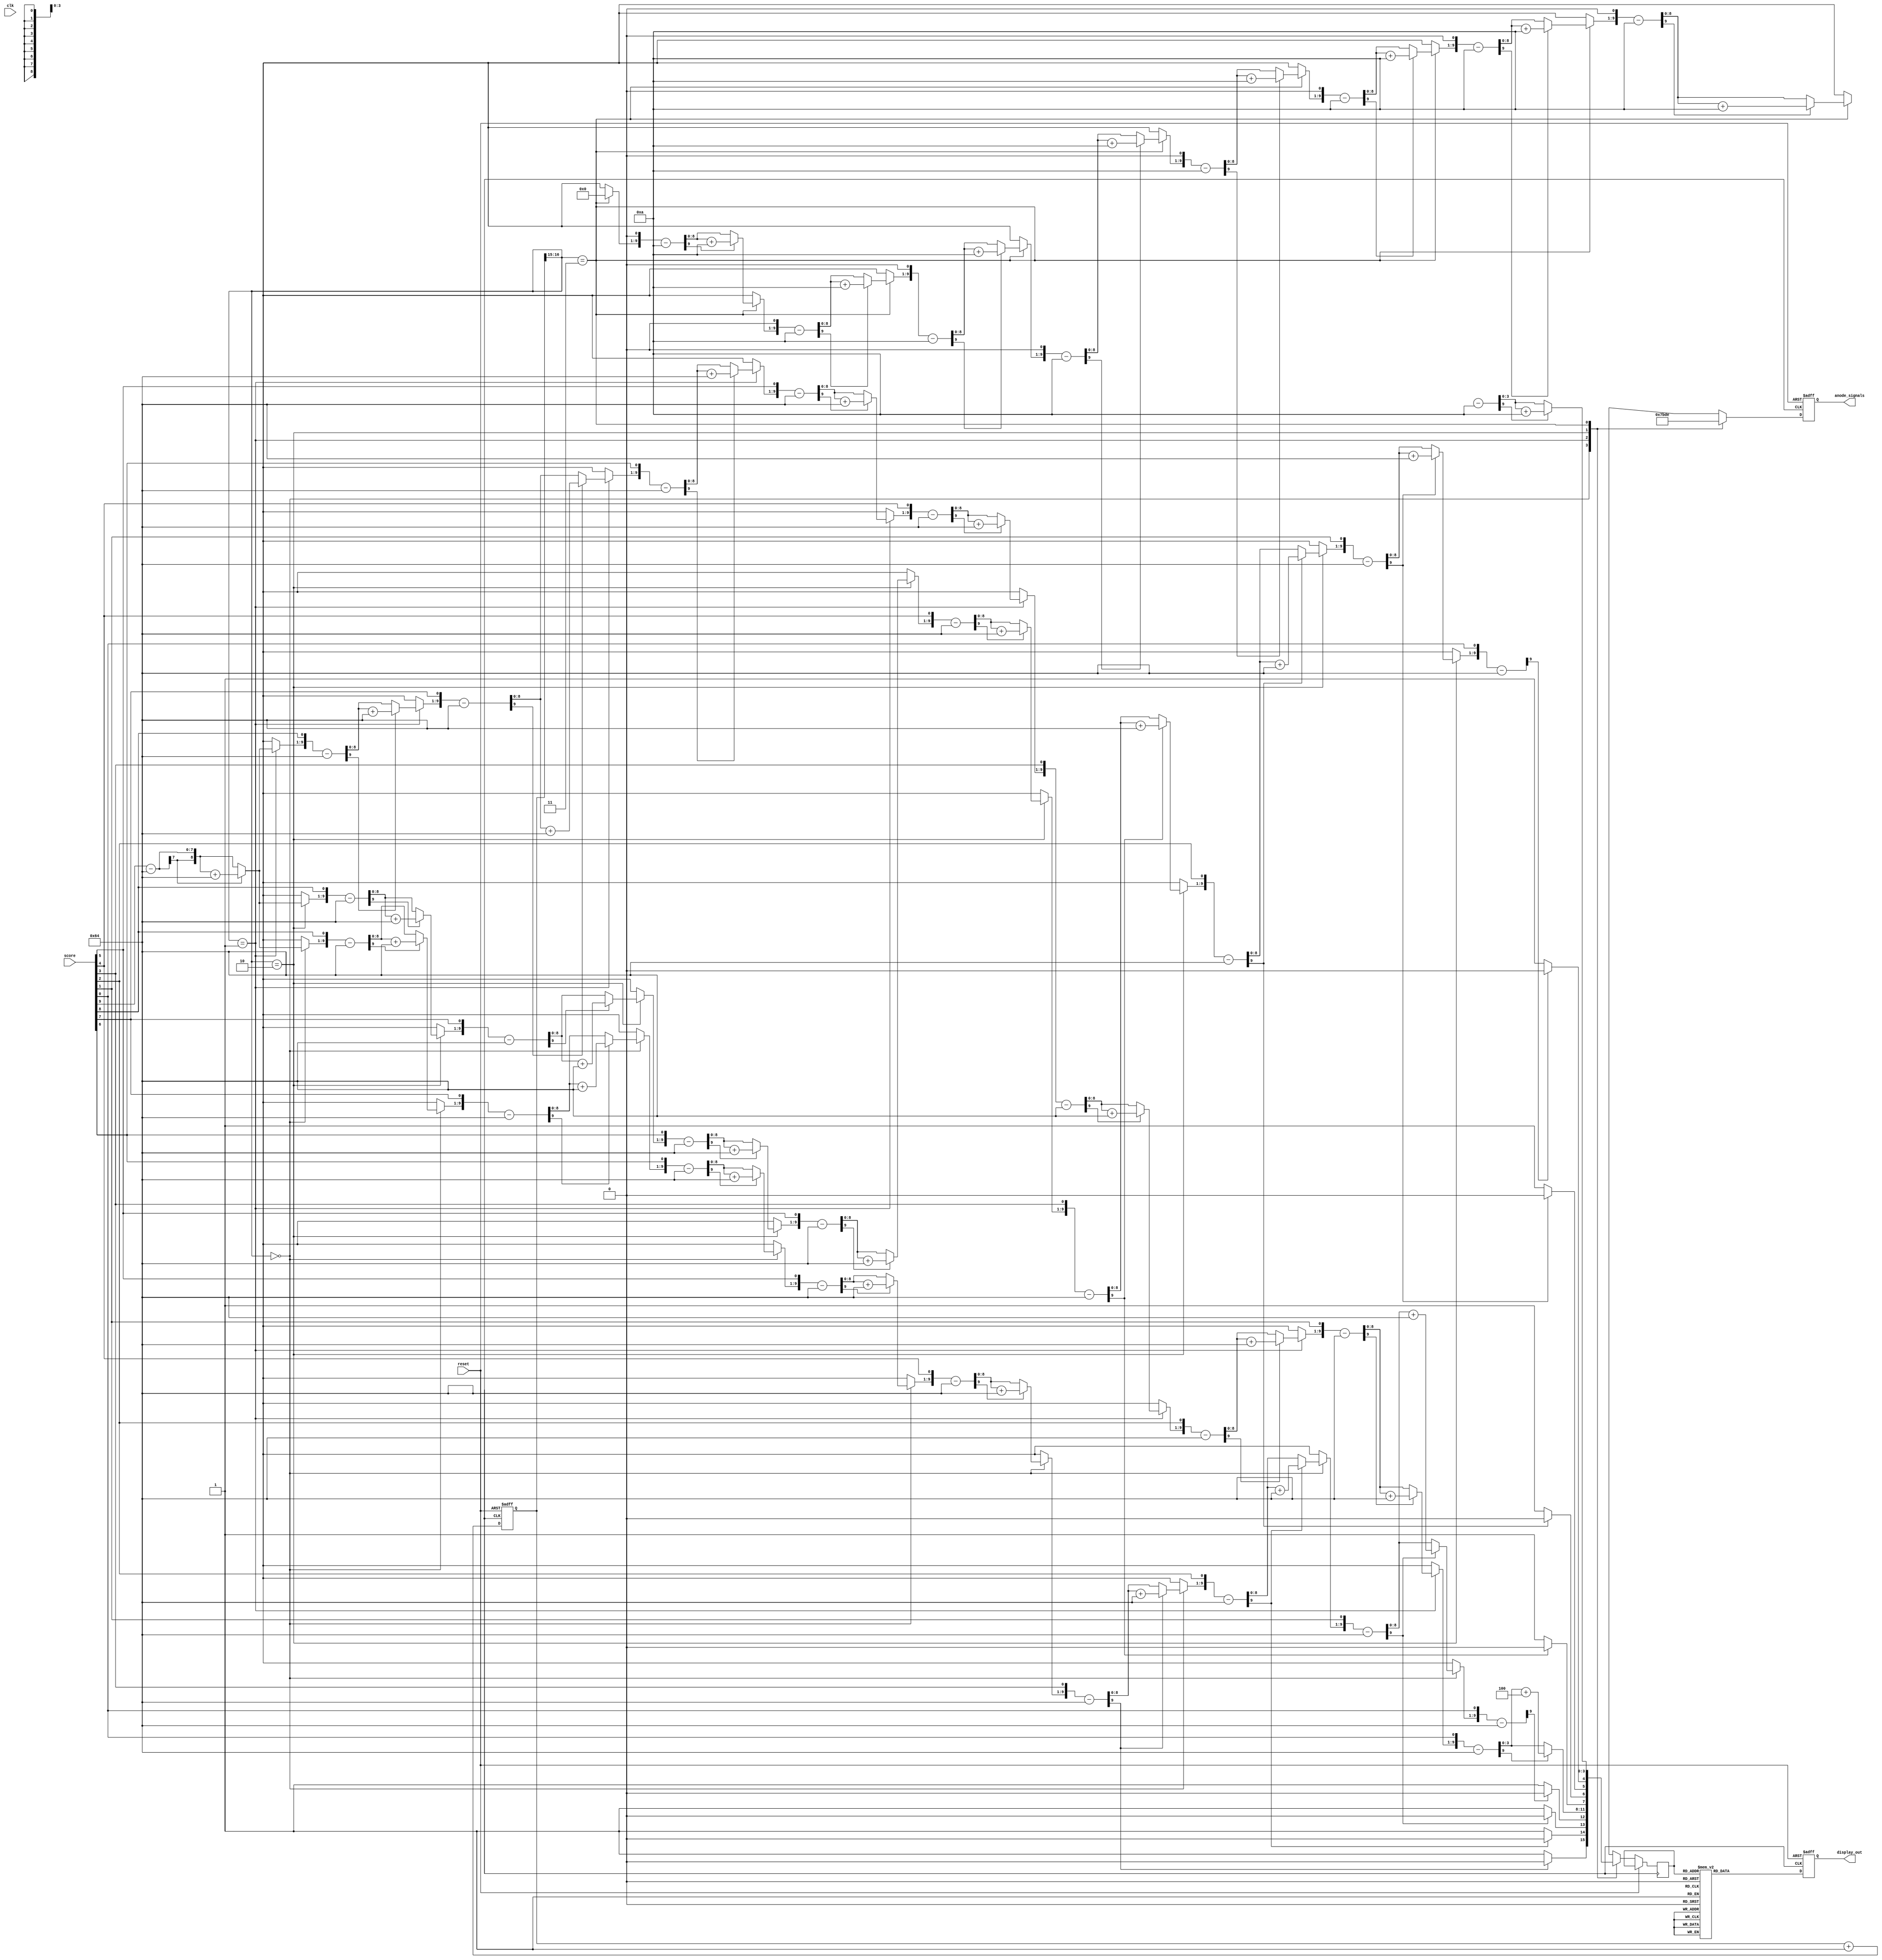
module seven_segment_driver(
    input clk,
    input reset,
    input [9:0] score, // Score to be displayed, max score is 1,024

    output [3:0] anode_signals,
    output [7:0] display_out
);

    // Verilog function to divide 2 numbers in a synthesizable way
	// Inspired by https://verilogcodes.blogspot.com/2015/11/synthesisable-verilog-code-for-division.html
		
	//the size of input and output ports of the division module is generic
	parameter WIDTH = 10;
	function [WIDTH-1:0] divide(input [WIDTH-1:0] A, input [WIDTH-1:0] B);
		//internal variables
		reg [WIDTH-1:0] a1,b1;
		reg [WIDTH:0] p1;
		integer i;
			
		begin
			//initialize the variables.
			a1 = A;
			b1 = B;
			p1= 0;
			
			for(i = 0; i < WIDTH; i = i + 1) begin //start the for loop
				p1 = {p1[WIDTH-2:0], a1[WIDTH-1]};
				a1[WIDTH-1:1] = a1[WIDTH-2:0];
				p1 = p1-b1;
				
				if(p1[WIDTH-1] == 1) begin
					a1[0] = 0;
					p1 = p1 + b1;
				end else
					a1[0] = 1;
			end
				
			divide = a1;   
		end
	endfunction
	
	// Verilog function to find the modulus of 2 numbers in a synthesizable way
	// Inspired by https://verilogcodes.blogspot.com/2015/11/synthesisable-verilog-code-for-division.html
		
	//the size of input and output ports of the modulus module is generic
	function [WIDTH-1:0] modulus(input [WIDTH-1:0] A, input [WIDTH-1:0] B);
		//internal variables
		reg [WIDTH-1:0] a1,b1;
		reg [WIDTH:0] p1;
		integer i;
			
		begin
			//initialize the variables.
			a1 = A;
			b1 = B;
			p1= 0; // stores 
			
			for(i = 0; i < WIDTH; i = i + 1) begin //start the for loop
				p1 = {p1[WIDTH-2:0], a1[WIDTH-1]};
				a1[WIDTH-1:1] = a1[WIDTH-2:0];
				p1 = p1-b1;
				
				if(p1[WIDTH-1] == 1) begin
					a1[0] = 0;
					p1 = p1 + b1;
				end else
					a1[0] = 1;
			end
				
			modulus = p1;   
		end
	endfunction


    reg [3:0] LED_BCD; // Binary signal which indicates which cathodes to toggle to enable LEDs on display

    `ifdef SIM_STOPWATCH
        // 4 bit counter to create faster refresh rate for simulation of full design
        reg [3:0] refresh_counter;

        wire [1:0] LED_activating_counter;

        always @(posedge clock or posedge reset)
        begin
            if (reset == 1) begin
                refresh_counter <= 0;
            end else
                refresh_counter <= refresh_counter + 1;
        end
        
        assign LED_activating_counter = refresh_counter[3:2]; 
    `else
        // 17-bit for creating 380Hz refresh rate (I think)
        reg [16:0] refresh_counter; // the first 2 MSB bits for creating 4 LED-activating signals with 2.6ms digit period
        
        wire [1:0] LED_activating_counter;

        // Generate clock signal from 50Mhz board clock for creating the 2.6ms digit period (refresh rate for the display)
        always @(posedge clock or posedge reset)
        begin 
            if (reset == 1) begin
                refresh_counter <= 0;
            end else
                refresh_counter <= refresh_counter + 1;
        end
        
        assign LED_activating_counter = refresh_counter[16:15];
    `endif
	
    /*
	// 17-bit for creating 380Hz refresh rate (I think)
    reg [16:0] refresh_counter; // the first 2 MSB bits for creating 4 LED-activating signals with 2.6ms digit period
        
    wire [1:0] LED_activating_counter;

    // Generate clock signal from 50Mhz board clock for creating the 2.6ms digit period (refresh rate for the display)
    `ifndef SIM_STOPWATCH
    always @(posedge clock or posedge reset)
	begin 
		if (reset == 1) begin
            refresh_counter <= 0;
        end else
            refresh_counter <= refresh_counter + 1;
    end
    `endif
        
    assign LED_activating_counter = refresh_counter[16:15];
    */

    // anode activating signals for 4 LEDs, digit period of 2.6ms
    // decoder to generate anode signals
 
    always @(posedge clock or posedge reset)
    begin
		if (reset == 1) begin // Note: you can only drive signals inside one process block
			anode_signals <= 0;
		end
		else begin
			case(LED_activating_counter)
				2'b00: 
					begin
                        // Digit 4 (1000's place)
						anode_signals <= 4'b0111; 
						LED_BCD <= divide(score, 100);
					end
				2'b01:
					begin
                        // Digit 3 (100's place)
						anode_signals <= 4'b1011;
						LED_BCD <= modulus(score, 100);
					end
				2'b10:
					begin
						// Digit 2 (10's place)
						anode_signals <= 4'b1101;
						LED_BCD <= divide(score, 100);
					end
				2'b11: 
					begin
						// Digit 1 (1's place)
						anode_signals <= 4'b1110;
						LED_BCD <= modulus(seconds, 10);
					end
			endcase
		end
    end
    
    // Cathode patterns of the 7-segment LED display 
    always @(posedge clock or posedge reset)
    begin
		if (reset == 1) begin // Note: you can only drive signals inside one process block
			display_out <= 0;
		end
		else begin
			case(LED_BCD)
				4'b0000: display_out <= 7'b0000001; // "0"
				4'b0001: display_out <= 7'b1001111; // "1" 
				4'b0010: display_out <= 7'b0010010; // "2" 
				4'b0011: display_out <= 7'b0000110; // "3" 
				4'b0100: display_out <= 7'b1001100; // "4" 
				4'b0101: display_out <= 7'b0100100; // "5" 
				4'b0110: display_out <= 7'b0100000; // "6" 
				4'b0111: display_out <= 7'b0001111; // "7" 
				4'b1000: display_out <= 7'b0000000; // "8"     
				4'b1001: display_out <= 7'b0000100; // "9" 
				default: display_out <= 7'b0000000; // "0"
			endcase
		end
    end

endmodule